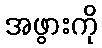
အဖွားကို